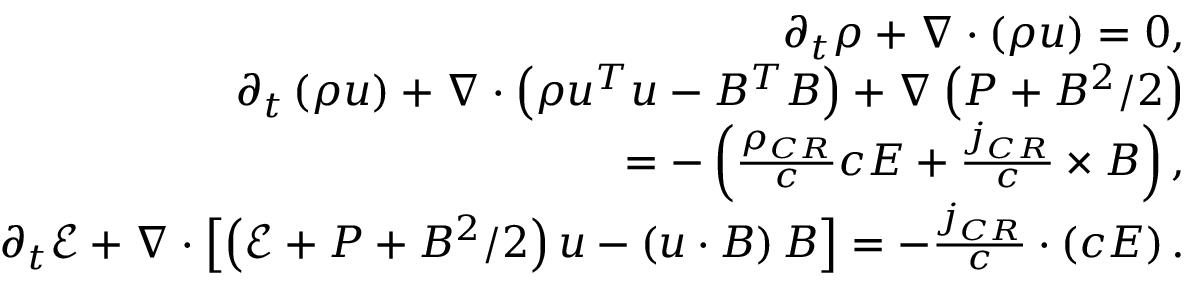
\begin{array} { r } { \partial _ { t } \rho + \nabla \cdot \left( \rho \boldsymbol { u } \right) = 0 , } \\ { \partial _ { t } \left( \rho \boldsymbol { u } \right) + \nabla \cdot \left( \rho \boldsymbol { u ^ { T } } \boldsymbol { u } - \boldsymbol { B ^ { T } } \boldsymbol { B } \right) + \nabla \left( P + B ^ { 2 } / 2 \right) } \\ { = - \left( \frac { \rho _ { C R } } { c } c \boldsymbol { E } + \frac { \boldsymbol { j } _ { C R } } { c } \times \boldsymbol { B } \right) , } \\ { \partial _ { t } \mathcal { E } + \nabla \cdot \left[ \left( \mathcal { E } + P + B ^ { 2 } / 2 \right) \boldsymbol { u } - \left( \boldsymbol { u } \cdot \boldsymbol { B } \right) \boldsymbol { B } \right] = - \frac { \boldsymbol { j } _ { C R } } { c } \cdot \left( c \boldsymbol { E } \right) . } \end{array}